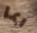
ربما